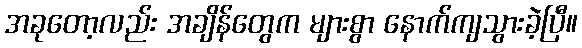
အခုတော့လည်း အချိန်တွေက များစွာ နောက်ကျသွားခဲ့ပြီ။